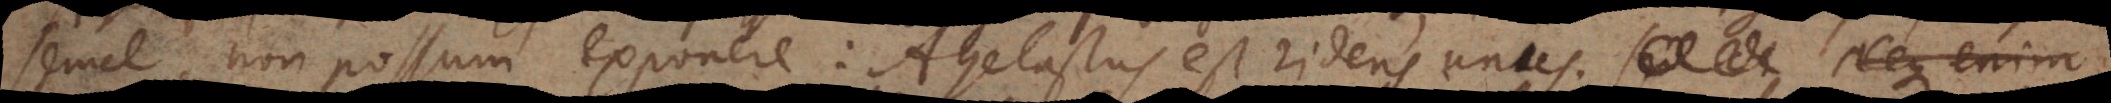
semel, non possum exponere: Agelastus est ridens unu